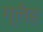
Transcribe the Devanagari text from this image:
ग्लँड